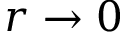
r \to 0